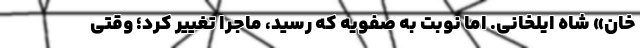
خان» شاه ایلخانی. اما نوبت به صفویه که رسید، ماجرا تغییر کرد؛ وقتی